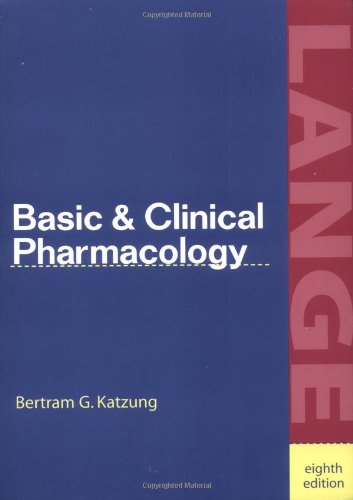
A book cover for Basic & Clinical Pharmacology; Bertram G. Katzung; Medical Books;